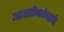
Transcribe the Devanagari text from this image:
आघाडीबरोबरची